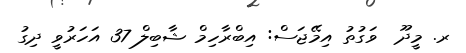
ރ. މީދޫ  ވަގުތު އިމޭޖަސް: އިބްރާހިމް ޝާބިލް 37 އަހަރުވީ ދިގު